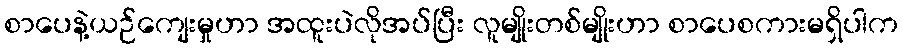
စာပေနဲ့ယဉ်ကျေးမှုဟာ အထူးပဲလိုအပ်ပြီး လူမျိုးတစ်မျိုးဟာ စာပေစကားမရှိပါက